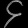
Digit: ၄